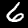
Label: 6